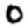
Digit: 0